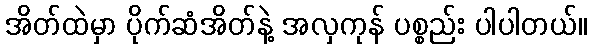
အိတ်ထဲမှာ ပိုက်ဆံအိတ်နဲ့ အလှကုန် ပစ္စည်း ပါပါတယ်။